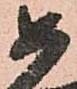
如